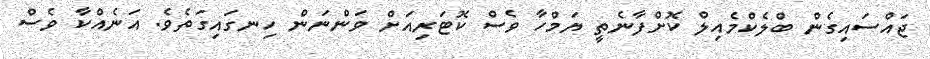
ޖައްސައިގެން ބްލެކްމެއިލް ކޮށްފާނެތީ ޔަމްހާ ވެސް ކޮޓަރިއަށް ވަންނަން ހިނގައިގަތެވެ. އަނެއްކާ ވެސް